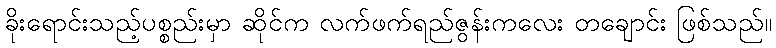
ခိုးရောင်းသည့်ပစ္စည်းမှာ ဆိုင်က လက်ဖက်ရည်ဇွန်းကလေး တချောင်း ဖြစ်သည်။